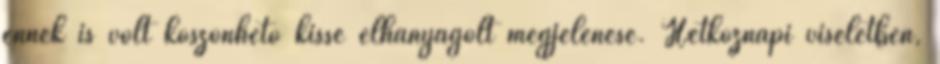
ennek is volt köszönhető kissé elhanyagolt megjelenése. Hétköznapi viseletben,